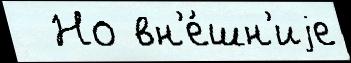
  Но вн'е́шн'иjе